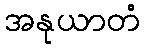
အနုယာတံ